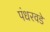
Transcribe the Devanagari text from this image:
पंधरवडे